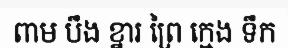
ពាម បឹង ខ្នារ ព្រៃ ក្មេង ទឹក